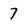
Character: 7